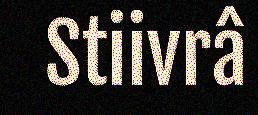
Stiivrâ